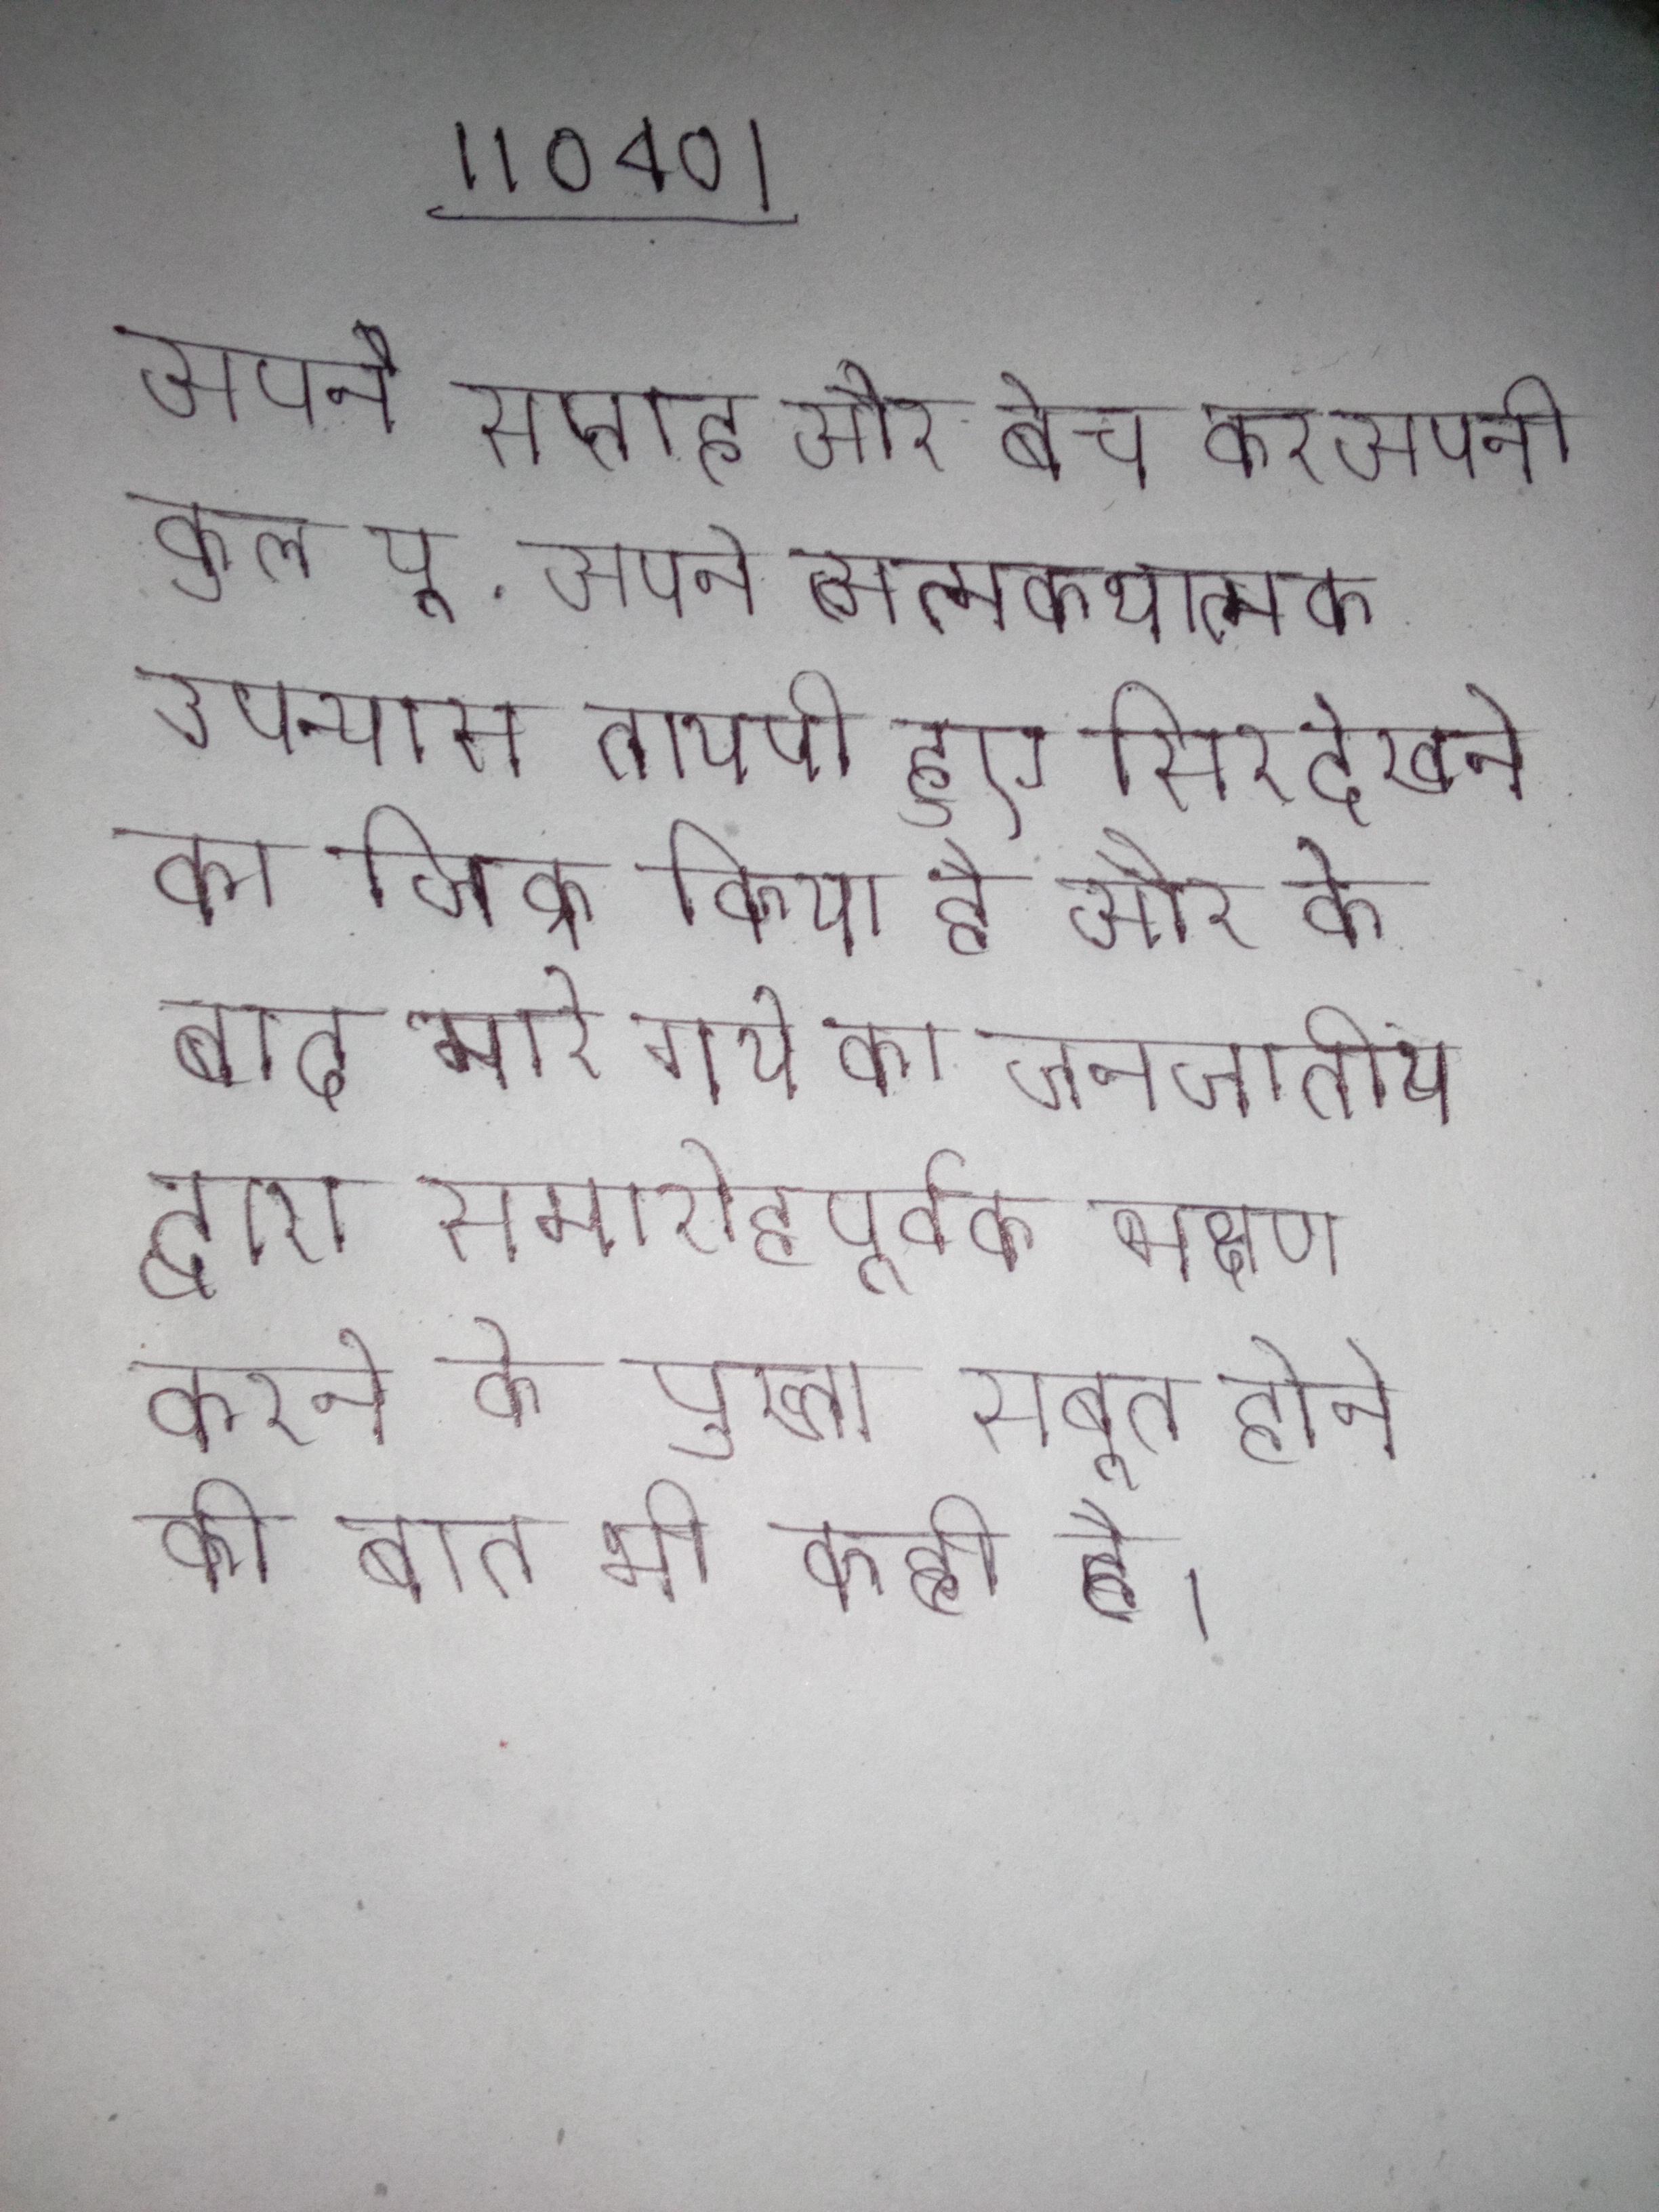
अपने सप्ताह और बेच कर अपनी कुल यू . अपने आत्मकथात्मक उपन्यास तायपी हुए सिर देखने का जिक्र किया है और के बाद मारे गये का जनजातीय द्वारा समारोहपूर्वक भक्षण करने के पुख्ता सबूत होने की बात भी कही है ।